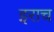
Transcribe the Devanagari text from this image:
इराच